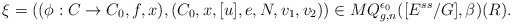
\begin{align*}\xi=((\phi:C\rightarrow C_0,f,x),(C_0,x,[u],e,N,v_1,v_2))\in MQ^{\epsilon_0}_{g,n}([E^{ss}/G],\beta)(R).\end{align*}